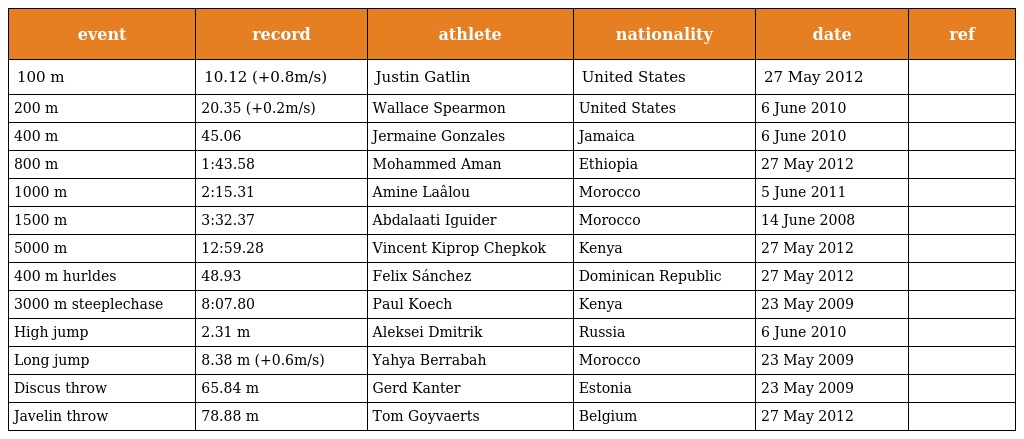
| event | record | athlete | nationality | date | ref |
 | --- | --- | --- | --- | --- | --- |
 | 100 m | 10.12 (+0.8m/s) | Justin Gatlin | United States | 27 May 2012 |  |
 | 200 m | 20.35 (+0.2m/s) | Wallace Spearmon | United States | 6 June 2010 |  |
 | 400 m | 45.06 | Jermaine Gonzales | Jamaica | 6 June 2010 |  |
 | 800 m | 1:43.58 | Mohammed Aman | Ethiopia | 27 May 2012 |  |
 | 1000 m | 2:15.31 | Amine Laâlou | Morocco | 5 June 2011 |  |
 | 1500 m | 3:32.37 | Abdalaati Iguider | Morocco | 14 June 2008 |  |
 | 5000 m | 12:59.28 | Vincent Kiprop Chepkok | Kenya | 27 May 2012 |  |
 | 400 m hurldes | 48.93 | Felix Sánchez | Dominican Republic | 27 May 2012 |  |
 | 3000 m steeplechase | 8:07.80 | Paul Koech | Kenya | 23 May 2009 |  |
 | High jump | 2.31 m | Aleksei Dmitrik | Russia | 6 June 2010 |  |
 | Long jump | 8.38 m (+0.6m/s) | Yahya Berrabah | Morocco | 23 May 2009 |  |
 | Discus throw | 65.84 m | Gerd Kanter | Estonia | 23 May 2009 |  |
 | Javelin throw | 78.88 m | Tom Goyvaerts | Belgium | 27 May 2012 |  |